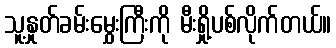
သူ့နှုတ်ခမ်းမွှေးကြီးကို မီးရှို့ပစ်လိုက်တယ်။